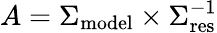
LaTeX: A=\Sigma_{\mathrm{model}}\times\Sigma_{\mathrm{res}}^{-1}